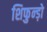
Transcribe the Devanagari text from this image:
शिफुन्ड़ो